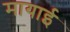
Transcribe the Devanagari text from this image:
मायाई